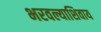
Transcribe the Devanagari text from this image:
भरवल्याशिवाय